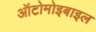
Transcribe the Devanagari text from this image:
ऑटोमोइबाइल